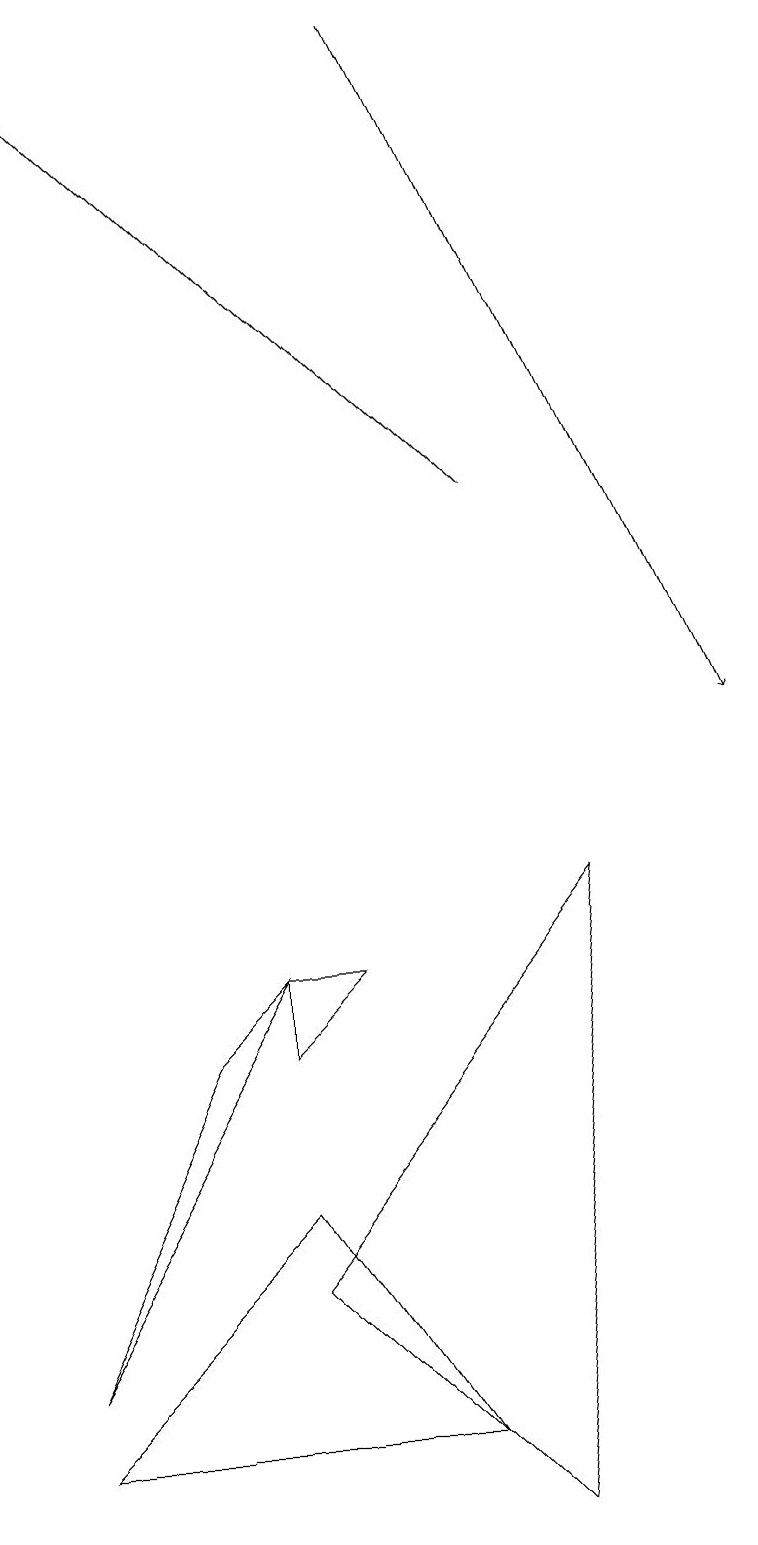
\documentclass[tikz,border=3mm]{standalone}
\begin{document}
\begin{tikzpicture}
\draw (7,8) -- (6,0) -- (3,3) -- cycle;
\draw (4,7) -- (3,6) -- (3,7) -- cycle;
\draw (3,4) -- (0,1) -- (5,1) -- cycle;
\draw[->] (5,19) -- (9,10);
\draw[->] (6,13) -- (0,19);
\draw (0,2) -- (3,7) -- (2,6) -- cycle;
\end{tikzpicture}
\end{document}